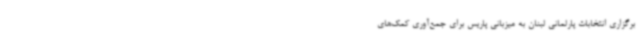
برگزاری انتخابات پارلمانی لبنان به میزبانی پاریس برای جمع‌آوری کمک‌های